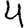
Digit: 4